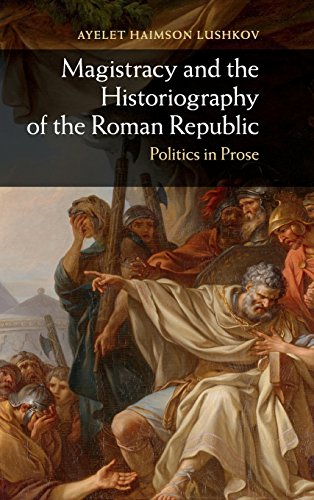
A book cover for Magistracy and the Historiography of the Roman Republic: Politics in Prose; Ayelet Haimson Lushkov; Literature & Fiction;